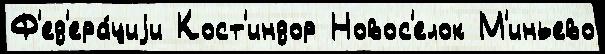
Ф'ед'ера́циjи Кост'индор Новос'елок М'иньево